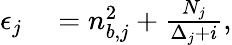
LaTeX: \begin{array}{rl}{\epsilon_{j}}&{{}=n_{b,j}^{2}+\frac{N_{j}}{\Delta_{j}+i},}\end{array}